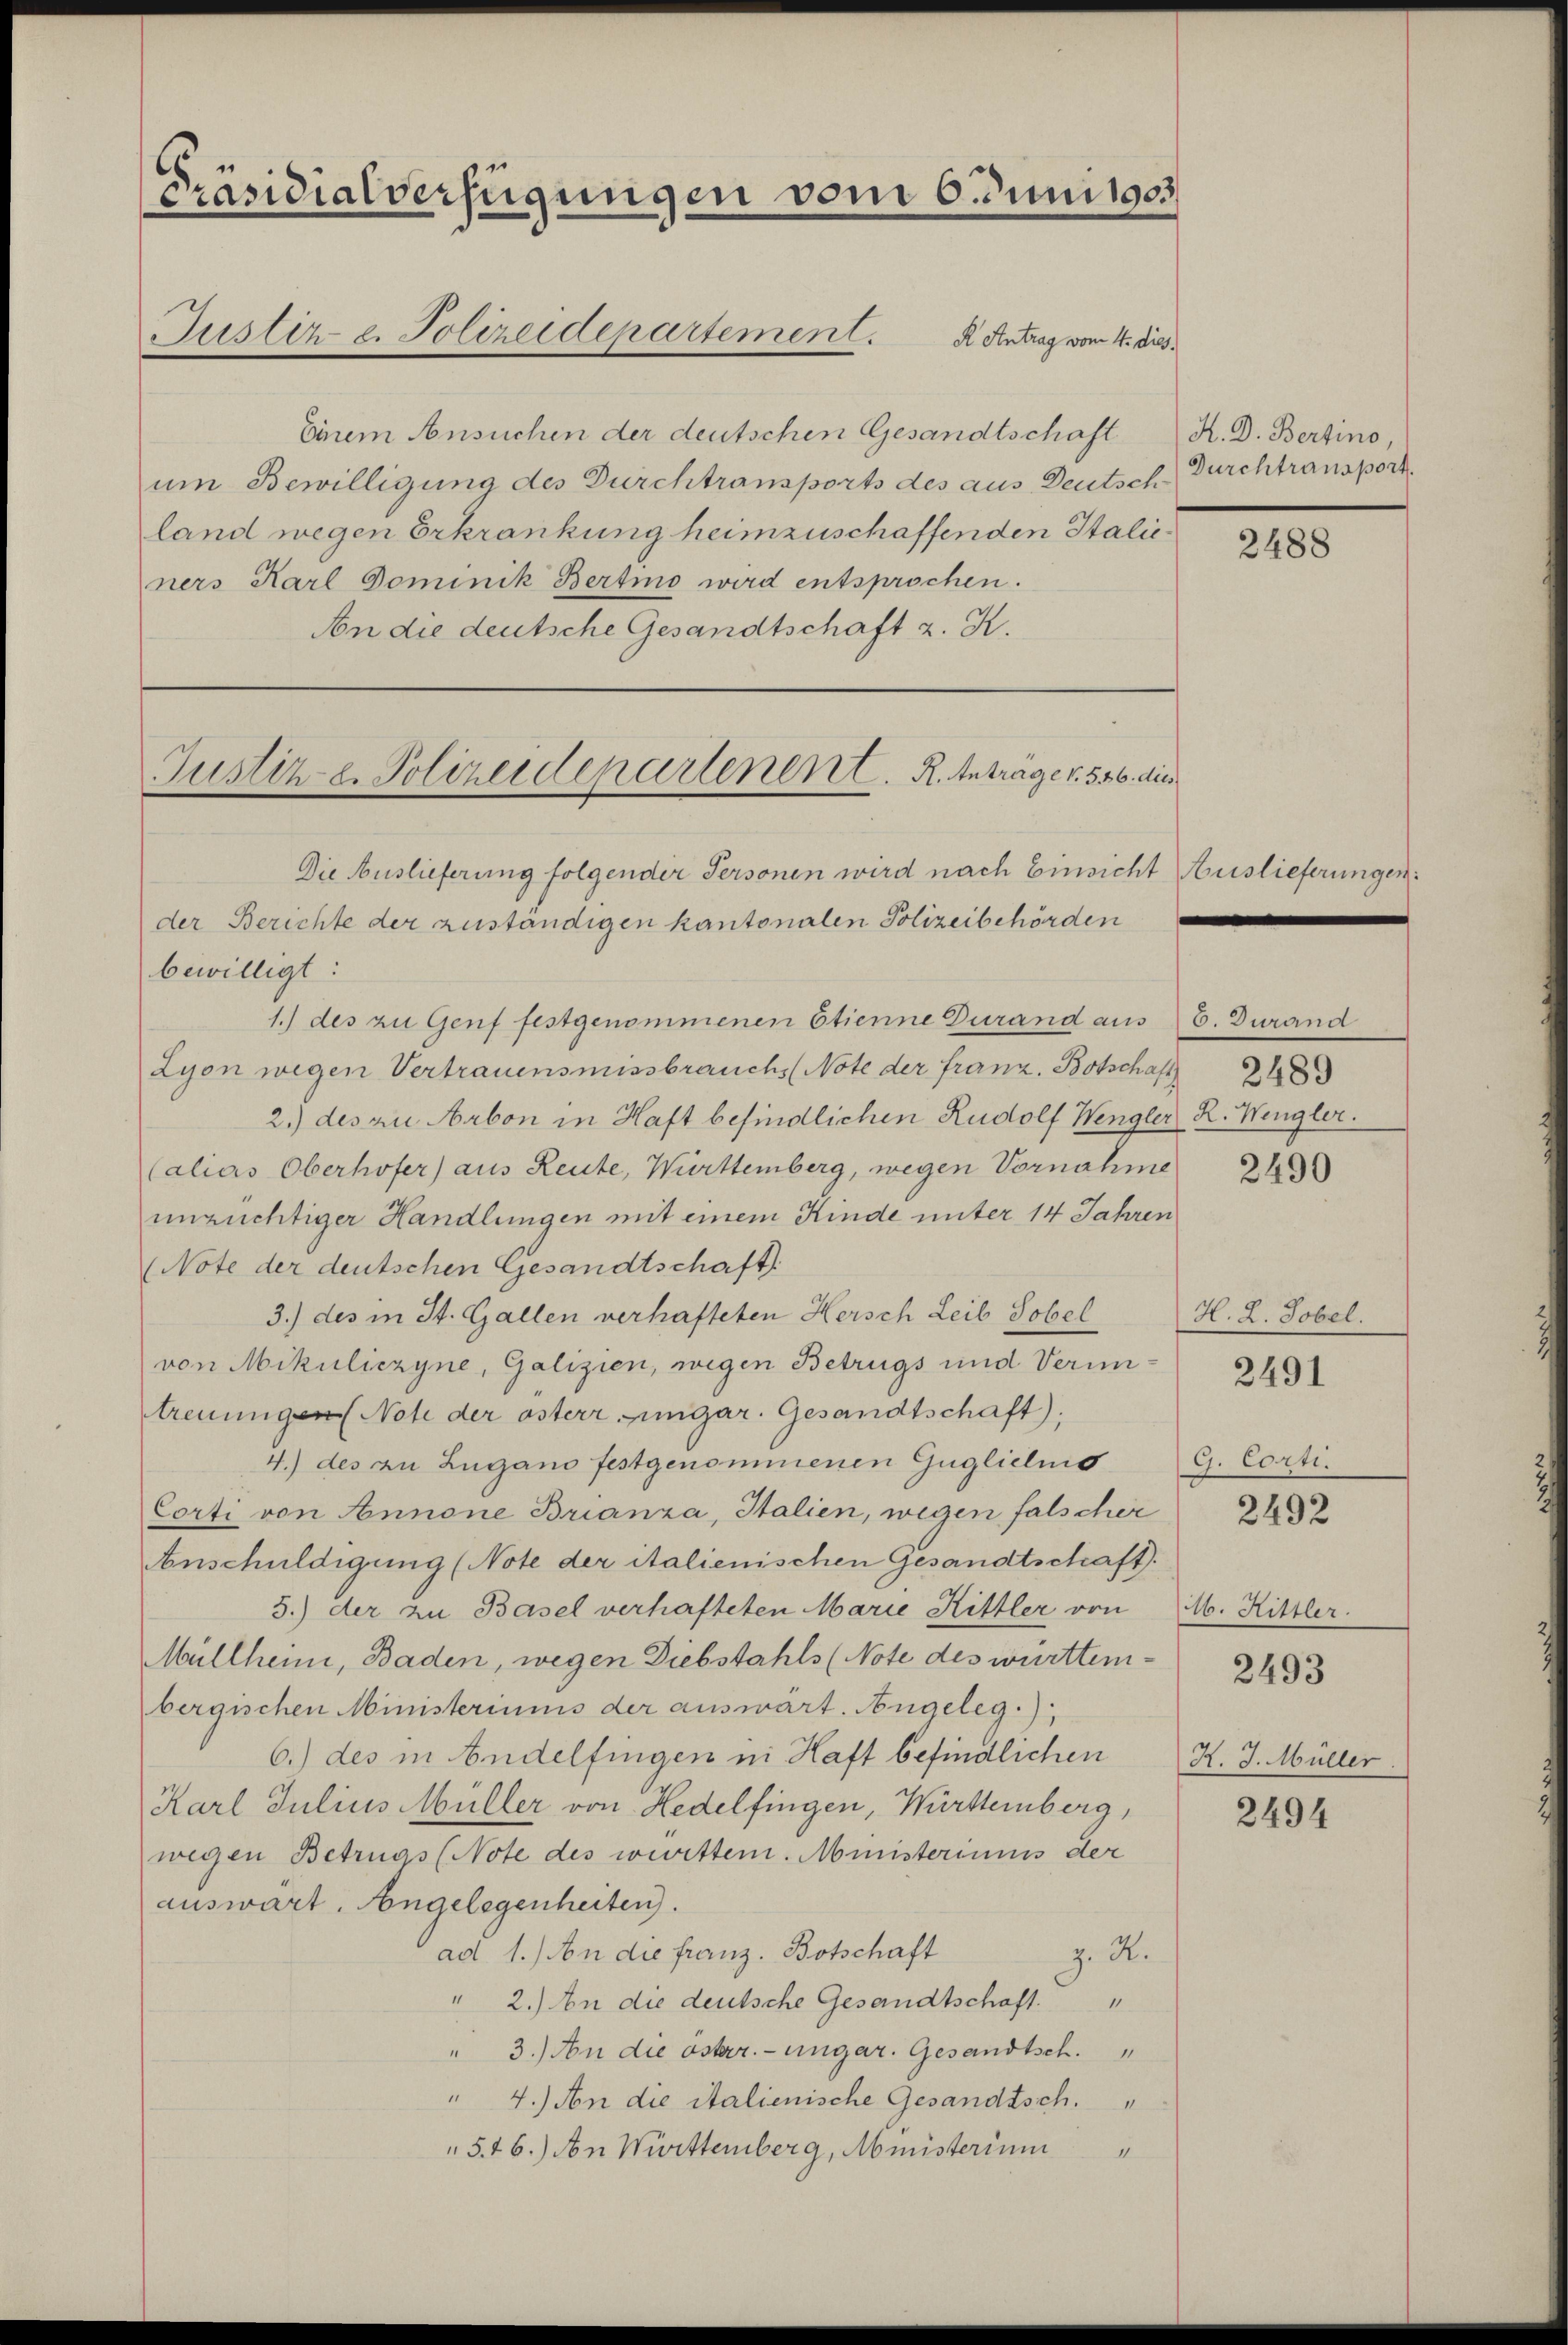
[Präsidialverfügungen vom 6. Juni 1903
Justiz- u. Polizeidepartement. Antrag vom 4. Dies

Einem Ansuchen der deutschen Gesandtschaft
um Bewilligung des Durchtransports des aus Deutsch
land wegen Erkrankung heimzuschaffenden Italicners Karl Dominik Bertino wird entsprochen.
An die deutsche Gesandtschaft z. K.

Die Auslieferung folgender Personen wird nach Einsicht
der Berichte der zuständigen kantonalen Polizeibehörden
bewilligt:
1.) des zu Genf festgenommenen Etienne Durand aus E. Durand
Lyon wegen Vertrauensmissbrauchs (Note der franz. Botschaft 183
2.) des zu Arbon in Haft befindlichen Rudolf Wengler R. Wengler.
Calias Oberhofer) aus Leute, Württemberg, wegen Vornahme
unzüchtiger Handlungen mit einem Kinde unter 14 Jahren
(Note der deutschen Gesandtschaft
3.) des in St. Gallen verhafteten Hersch Leib Tobel
von Mikuliczyne, Galizien, wegen Betrugs und Verimitreuungen (Note der österr. Eingar. Gesandtschaft),
4.) des zu Lugano festgenommenen Gugliclino
Corti von Annone Brianza, Italien, wegen falscher
Anschuldigung (Note der italienischen Gesandtschaft.
5.) der zu Basel verhafteten Marie Rittler von
Müllheim, Baden, wegen Diebstahls (Note des württembergischen Ministeriums der auswart. Angeleg.)
6.) des in Andelfingen in Haft befindlichen
Karl Julius Müller von Hedelfingen, Württernberg,
wegen Betrugs (Note des weitten. Ministeriums der
auswart. Angelegenheiten.
ad 1.) An die franz. Botschaft
z. R.
" 2.) An die deutsche Gesandtschaft.
" 3.) An die österr.-ungar. Gesandtsch.
" 4.) An die italienische Gesandtsch.
5.46.) An Württemberg, Meisterium

Justiz- u. Polizeidepartenent. R. Antrage v. 526. dies

H. D. Bertino,
Durchtransport.

2488

Auslieferungen:

2490

H. L. Tobel.

2491

G. Corti.

2492

M. Hittler.

2493

K. J. Müller.

2494